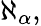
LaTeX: \aleph_{\alpha},